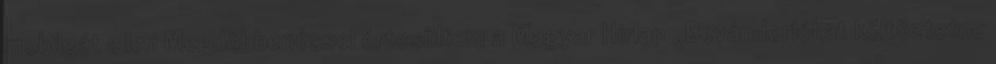
mobilgát ellen Megdöbbenéssel értesültem a Magyar Hírlap „Bevándorlókat költöztetne